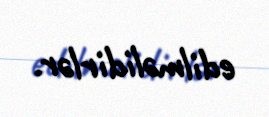
edilməlidirlər.